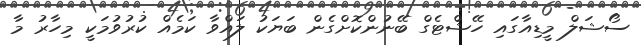
ސޯޝަލް މީޑިއާގައި ހޭޝްޓެގް ބޭނުންކޮށްގެން ބަޔަކު ލައްވާ ކަމެއް ކުރުވުމަކީ މިހާރު މާ